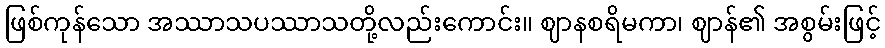
ဖြစ်ကုန်သော အဿာသပဿာသတို့လည်းကောင်း။ ဈာနစရိမကာ၊ ဈာန်၏ အစွမ်းဖြင့်